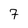
Character: 7